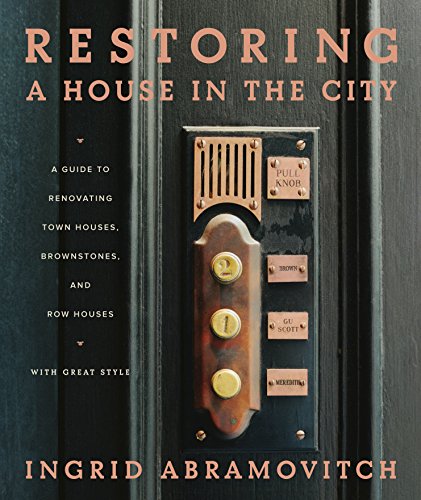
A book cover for Restoring a House in the City: A Guide to Renovating Townhouses, Brownstones, and Row Houses wth Great Style; Ingrid Abramovitch; Arts & Photography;